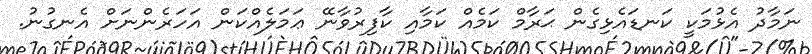
ނަމާދު އެޅުމަކީ ކަނޑައެޅިގެން ޙަރާމް ކަމެއް ކަމާއި ކާފިރުވާނޭ ޢަމަލެއްކަން އަހަރެންނަށް އެނގުނު.